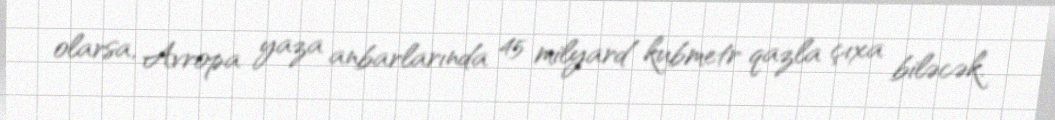
olarsa, Avropa yaza anbarlarında 45 milyard kubmetr qazla çıxa biləcək.